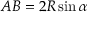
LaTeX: A B = 2 R \sin \alpha